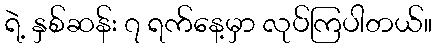
ရဲ့ နှစ်ဆန်း ၇ ရက်နေ့မှာ လုပ်ကြပါတယ်။